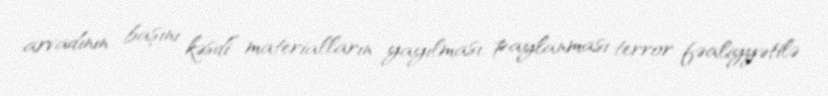
arvadının başını kəsdi” materialların yayılması, paylanması terror fəaliyyətilə